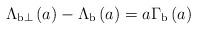
LaTeX: \begin{align*}\Lambda_{{\rm b}\perp}\left(a\right)-\Lambda_{\rm b}\left(a\right)=a\Gamma_{\rm b}\left(a\right)\end{align*}